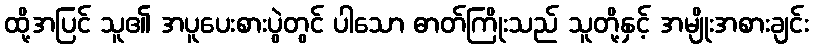
ထို့အပြင် သူ၏ အပူပေးစားပွဲတွင် ပါသော ဓာတ်ကြိုးသည် သူတို့နှင့် အမျိုးအစားချင်း